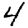
Digit: 4